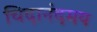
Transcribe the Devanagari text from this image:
चिदानंदमय